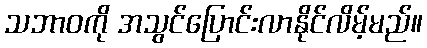
သဘာဝကို အသွင်ပြောင်းလာနိုင်လိမ့်မည်။